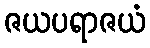
ဇယပရာဇယံ